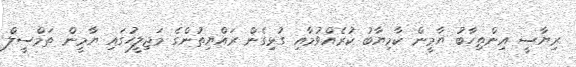
ރިޔާސީ އިންތިހާބު ޔާމީން ކާމިޔާބު ކުރެއްވުމާއި ގުޅިގެން ރައްޔިތުންގެ މަޖިލީހުގައި ޔާމީން ތަމްސީލް